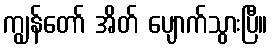
ကျွန်တော် အိတ် ပျောက်သွားပြီ။